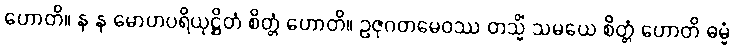
ဟောတိ။ န န မောဟပရိယုဋ္ဌိတံ စိတ္တံ ဟောတိ။ ဥဇုဂတမေဝဿ တသ္မိံ သမယေ စိတ္တံ ဟောတိ ဓမ္မံ